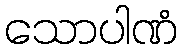
သောပါဏံ